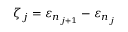
\zeta _ { j } = \varepsilon _ { n _ { j + 1 } } - \varepsilon _ { n _ { j } }